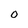
Character: 0